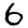
Digit: 6